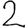
Digit: 2